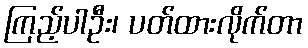
ကြည့်ပါဦး၊ ပတ်ထားလိုက်တာ